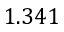
1 . 3 4 1